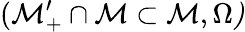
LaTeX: (\mathcal{M}_{+}^{\prime}\cap\mathcal{M}\subset\mathcal{M},\Omega\mathcal{)}